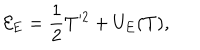
{ \cal E } _ { \mathrm { E } } = \frac { 1 } { 2 } T ^ { 2 } + U _ { \mathrm { E } } ( T ) ,